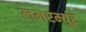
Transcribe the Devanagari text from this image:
लमरम्यूर